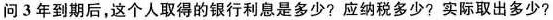
问3年到期后，这个人取得的银行利息是多少?应纳税多少?实际取出多少?